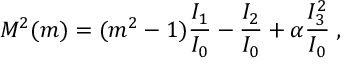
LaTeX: M ^ { 2 } ( m ) = ( m ^ { 2 } - 1 ) \frac { I _ { 1 } } { I _ { 0 } } - \frac { I _ { 2 } } { I _ { 0 } } + \alpha \frac { I _ { 3 } ^ { 2 } } { I _ { 0 } } \; ,